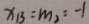
x _ { B } = m _ { 2 } = - 1